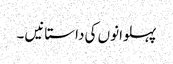
پہلوانوں کی داستانیں ۔